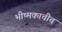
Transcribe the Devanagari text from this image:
भीष्मकाचीच